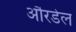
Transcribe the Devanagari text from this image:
औरडेल